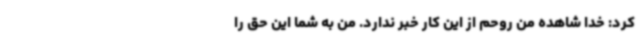
کرد: خدا شاهده من روحم از این کار خبر ندارد. من به شما این حق را